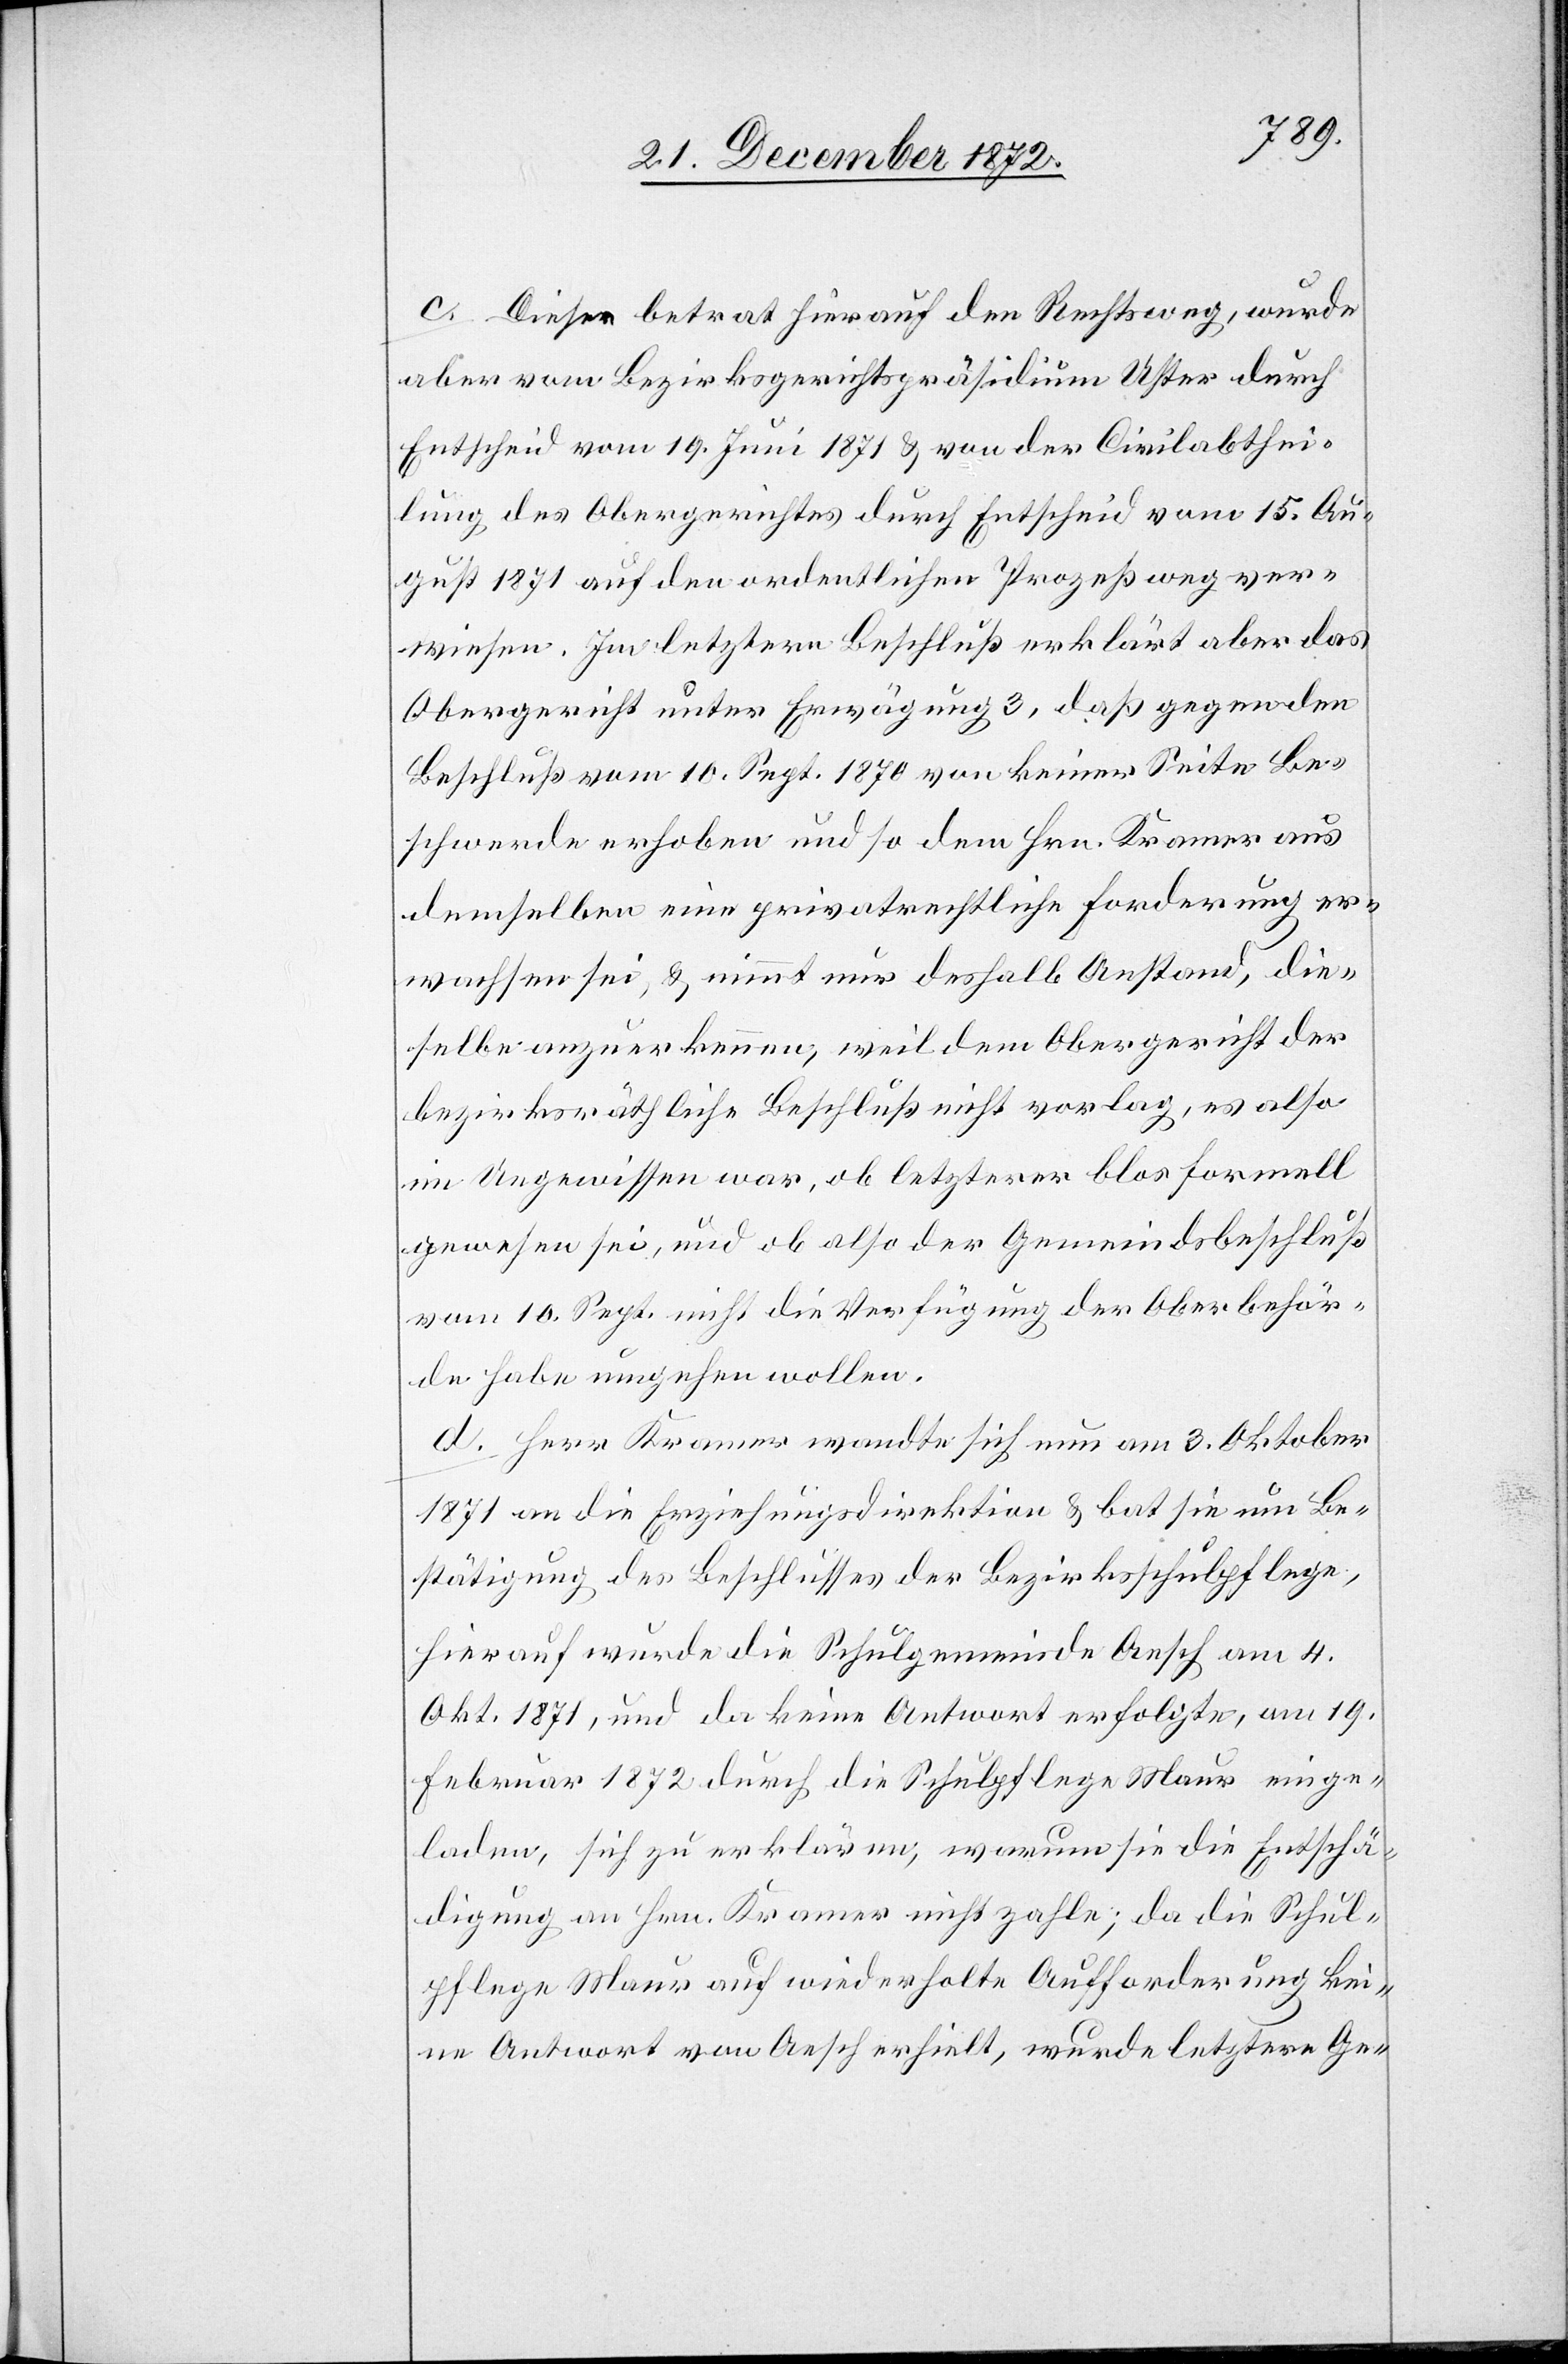
c. Dieser betrat hierauf den Rechtsweg, wurde
aber vom Bezirksgerichtspräsidium Uster durch
Entscheid vom 19. Juni 1871 u. von der Civilabthei¬
lung des Obergerichtes durch Entscheid vom 15. Au¬
gust 1871 auf den ordentlichen Prozeßweg ver¬
wiesen. Im letztern Beschluß erklärt aber das
Obergericht unter Erwägung 3, daß gegen den
Beschluß vom 10. Sept. 1870 von keiner Seite Be¬
schwerde erhoben und so dem Hrn. Kramer aus
demselben eine privatrechtliche Forderung er¬
wachsen sei, u. nimmt nur deshalb Anstand, die¬
selbe anzuerkennen, weil dem Obergericht der
bezirksräthliche Beschluß nicht vorlag, es also
im Ungewissen war, ob letzterer blos formell
gewesen sei, und ob also der Gemeindsbeschluß
vom 10. Sept. nicht die Verfügung der Oberbehör¬
de habe umgehen wollen.
d. Herr Kramer wandte sich nun am 3. Oktober
1871 an die Erziehungsdirektion u. bat sie um Be¬
stätigung des Beschlusses der Bezirksschulpflege,
hierauf wurde die Schulgemeinde Aesch am 4.
Okt. 1871, und da keine Antwort erfolgte, am 19.
Februar 1872 durch die Schulpflege Maur einge¬
laden, sich zu erklären, warum sie die Entschä¬
digung an Hrn. Kramer nicht zahle; da die Schul¬
pflege Maur auf wiederholte Aufforderung kei¬
ne Antwort von Aesch erhielt, wurde letztere Ge-